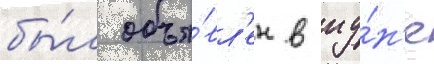
бы́л объя́вл'ен в иу́н'е